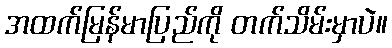
အထက်မြန်မာပြည်ကို တက်သိမ်းမှာပဲ။